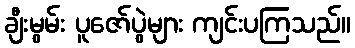
ချီးမွမ်း ပူဇော်ပွဲများ ကျင်းပကြသည်။